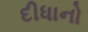
દીધાનો